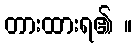
တားထားရ၏ ။